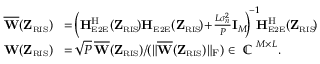
\begin{array} { r l } { \overline { { \mathbf { W } } } ( \mathbf { Z } _ { \scriptscriptstyle \mathrm { R I S } } ) } & { \! = \! \bigg ( \mathbf { H } _ { \scriptscriptstyle \mathrm { E 2 E } } ^ { \mathrm { H } } ( \mathbf { Z } _ { \scriptscriptstyle \mathrm { R I S } } \! ) \mathbf { H } _ { \scriptscriptstyle \mathrm { E 2 E } } ( \mathbf { Z } _ { \scriptscriptstyle \mathrm { R I S } } \! ) \! + \! \frac { L \sigma _ { n } ^ { 2 } } { P } \mathbf { I } _ { M } \! \bigg ) ^ { \! - 1 } \! \! \mathbf { H } _ { \scriptscriptstyle \mathrm { E 2 E } } ^ { \mathrm { H } } ( \mathbf { Z } _ { \scriptscriptstyle \mathrm { R I S } } \! ) } \\ { \mathbf { W } ( \mathbf { Z } _ { \scriptscriptstyle \mathrm { R I S } } ) } & { \! = \! \sqrt { P } \, \overline { { \mathbf { W } } } ( \mathbf { Z } _ { \scriptscriptstyle \mathrm { R I S } } ) / ( \| \overline { { \mathbf { W } } } ( \mathbf { Z } _ { \scriptscriptstyle \mathrm { R I S } } ) \| _ { \mathrm { F } } ) \in \mathrm { ~ \mathbb { C } ~ } ^ { M \times L } . } \end{array}